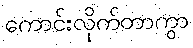
ကောင်းလိုက်တာကွာ